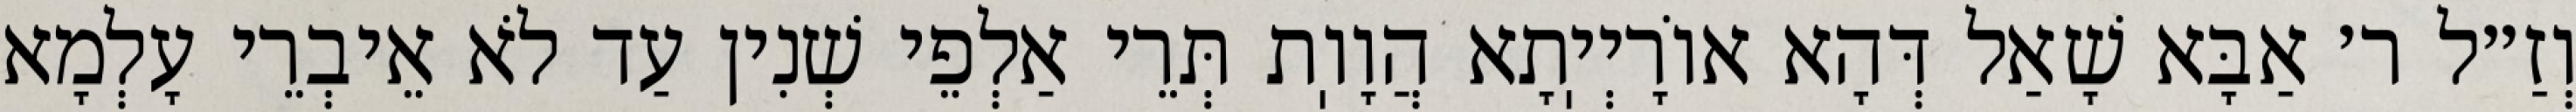
וְזַ״ל ר׳ אַבָּא שָׁאַל דְּהָא אוֹרָיְיֽתָא הֲוָוֽת תְּרֵי אַלְפֵי שְׁנִין עַד לֹא אֵיבְרֵי עָלְמָא